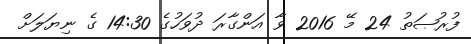
ފުރުޞަތު 24 މޭ 2016 ވާ އަންގާރަ ދުވަހުގެ 14:30 ގެ ނިޔަލަށް